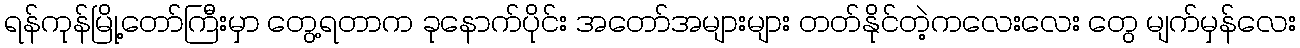
ရန်ကုန်မြို့တော်ကြီးမှာ တွေ့ရတာက ခုနောက်ပိုင်း အတော်အများများ တတ်နိုင်တဲ့ကလေးလေး တွေ မျက်မှန်လေး